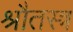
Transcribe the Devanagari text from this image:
श्रौतस्त्र